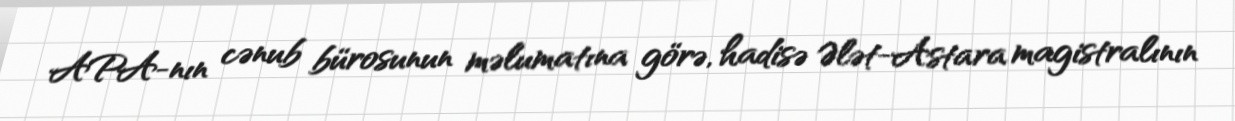
APA-nın cənub bürosunun məlumatına görə, hadisə Ələt-Astara magistralının